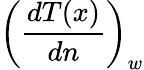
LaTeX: \left(\frac{dT(x)}{dn}\right)_{w}